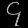
Digit: ၄